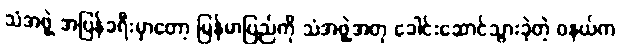
သံအဖွဲ့ အပြန်ခရီးမှာတော့ မြန်မာပြည်ကို သံအဖွဲ့အတု ခေါင်းဆောင်သွားခဲ့တဲ့ ဝနယ်က